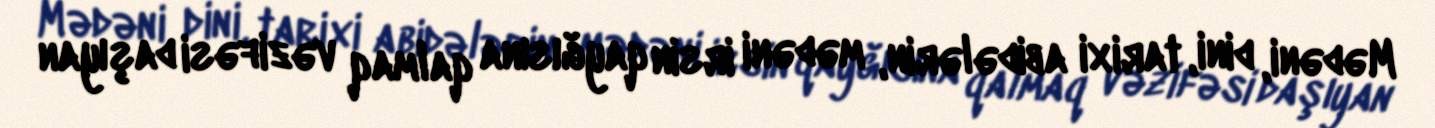
Mədəni, dini, tarixi abidələrin, mədəni irsin qayğısına qalmaq vəzifəsi daşıyan